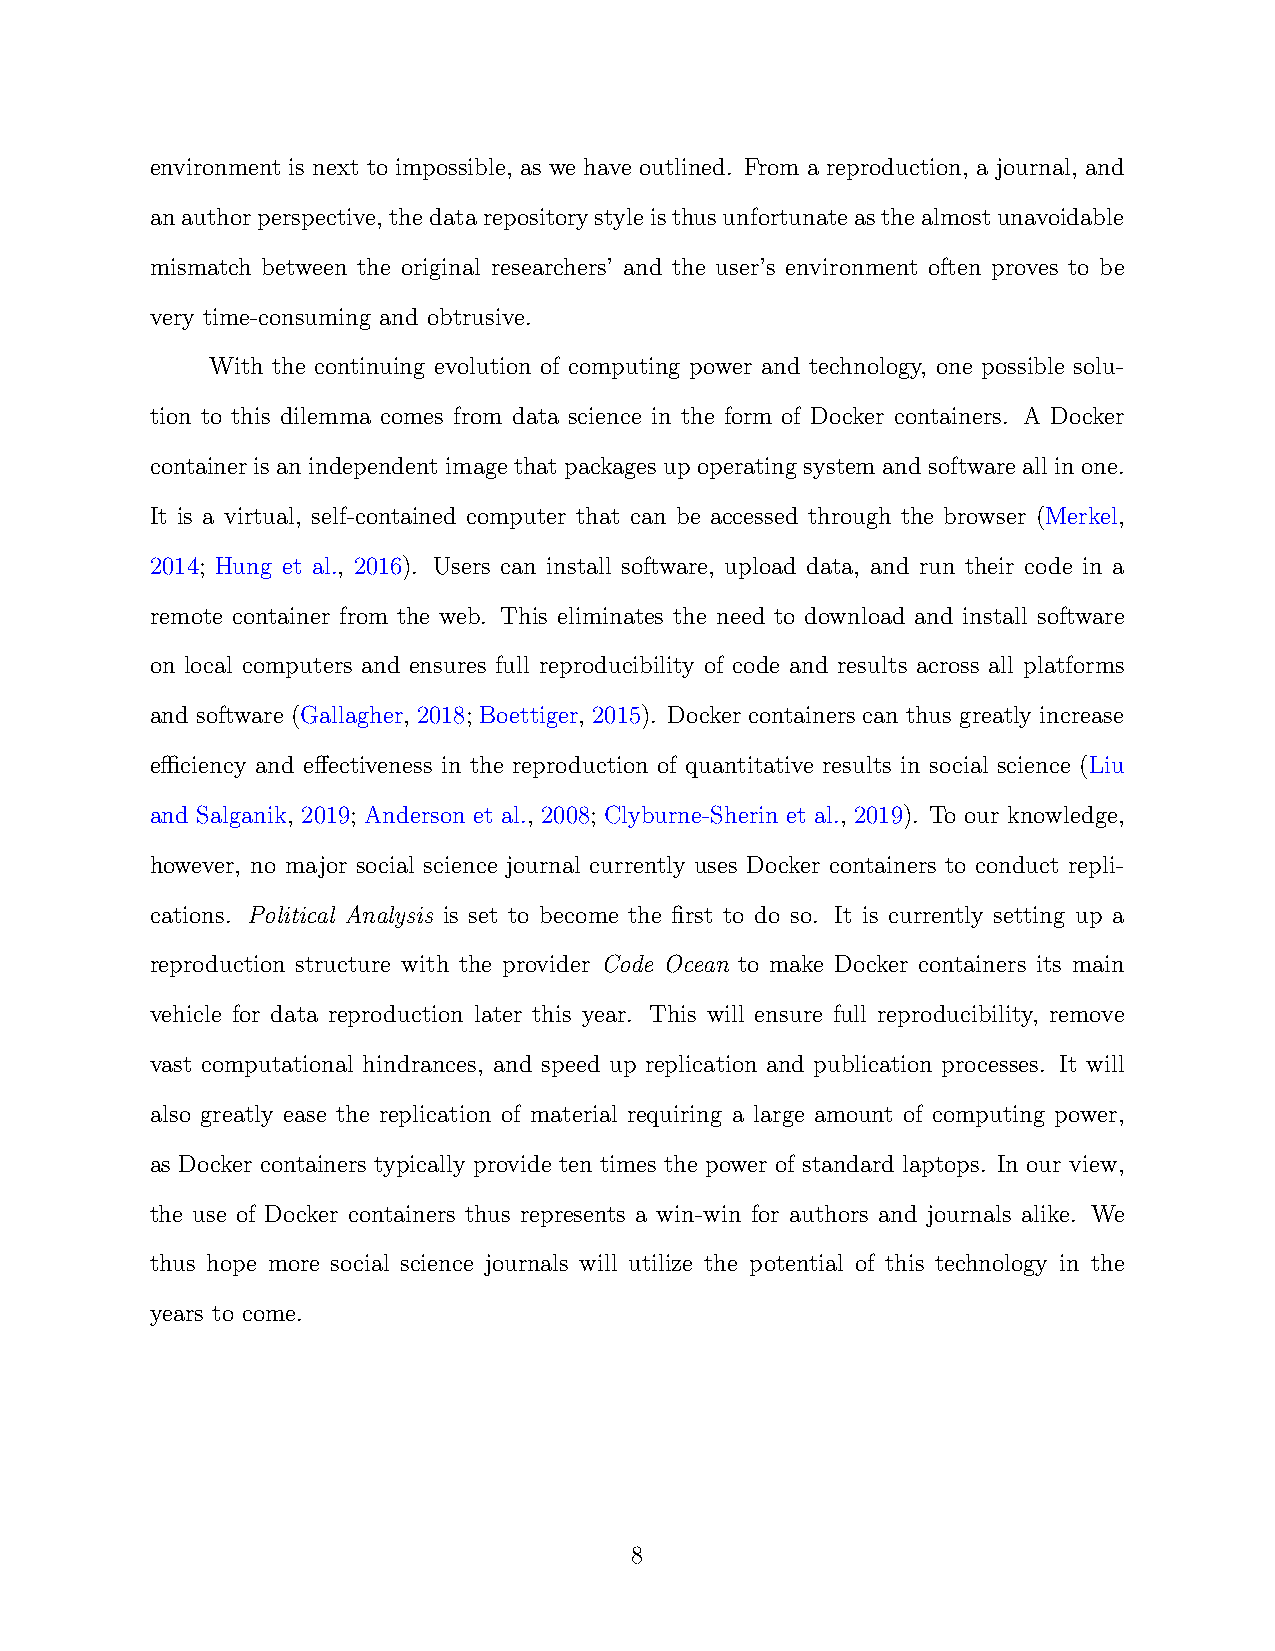
environment is next to impossible, as we have outlined. From a reproduction, a journal, and
 anauthorperspective,thedatarepositorystyleisthusunfortunateasthealmostunavoidable
 mismatch between the original researchers’ and the user’s environment often proves to be
 very time-consuming and obtrusive.
 With the continuing evolution of computing power and technology, one possible solu-
 tion to this dilemma comes from data science in the form of Docker containers. A Docker
 container is an independent image that packages up operating system and software all in one.
 It is a virtual, self-contained computer that can be accessed through the browser (Merkel,
 2014; Hung et al., 2016). Users can install software, upload data, and run their code in a
 remote container from the web. This eliminates the need to download and install software
 on local computers and ensures full reproducibility of code and results across all platforms
 and software (Gallagher, 2018; Boettiger, 2015). Docker containers can thus greatly increase
 efficiency and effectiveness in the reproduction of quantitative results in social science (Liu
 and Salganik, 2019; Anderson et al., 2008; Clyburne-Sherin et al., 2019). To our knowledge,
 however, no major social science journal currently uses Docker containers to conduct repli-
 cations. Political Analysis is set to become the first to do so. It is currently setting up a
 reproduction structure with the provider Code Ocean to make Docker containers its main
 vehicle for data reproduction later this year. This will ensure full reproducibility, remove
 vast computational hindrances, and speed up replication and publication processes. It will
 also greatly ease the replication of material requiring a large amount of computing power,
 as Docker containers typically provide ten times the power of standard laptops. In our view,
 the use of Docker containers thus represents a win-win for authors and journals alike. We
 thus hope more social science journals will utilize the potential of this technology in the
 years to come.
 8